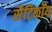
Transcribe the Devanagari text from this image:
सैटिकॉय